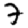
Digit: 7